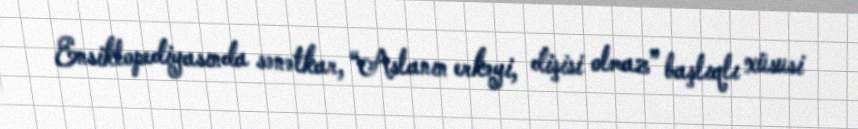
Ensiklopediyasında sənətkar, “Aslanın erkəyi, dişisi olmaz” başlıqlı xüsusi